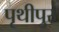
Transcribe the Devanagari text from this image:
पृथीपुर